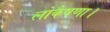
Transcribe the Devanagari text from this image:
लोकैषणा।